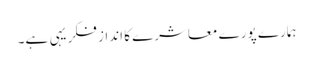
ہمارے پورے معاشرے کا انداز فکر یہی ہے۔